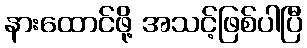
နားထောင်ဖို့ အသင့်ဖြစ်ပါပြီ